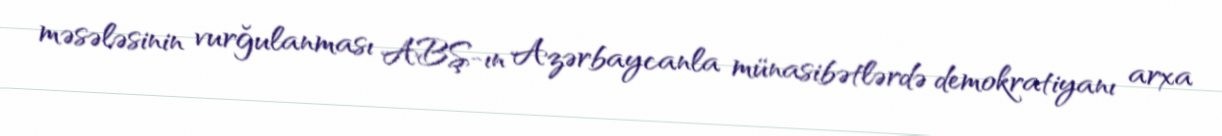
məsələsinin vurğulanması ABŞ-ın Azərbaycanla münasibətlərdə demokratiyanı arxa